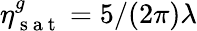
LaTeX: \eta_{\mathrm{~s~a~t~}}^{g}=5/(2\pi)\lambda